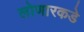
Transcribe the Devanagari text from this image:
लोणारकडे